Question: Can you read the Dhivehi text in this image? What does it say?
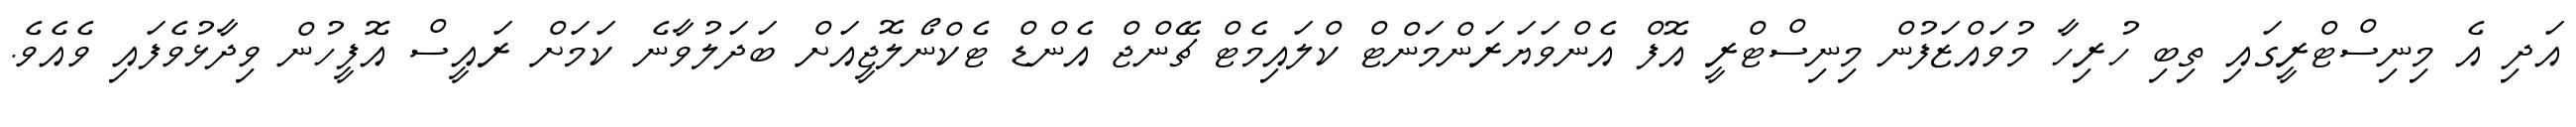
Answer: އަދި އެ މިނިސްޓްރީގައި ތިބި ހުރިހާ މުވައްޒަފުން މިނިސްޓްރީ އޮފް އެންވަޔަރަންމަންޓް ކްލައިމެޓް ޗޭންޖް އެންޑް ޓެކްނޯލޮޖީއަށް ބަދަލުވާނެ ކަމަށް ރައީސް އޮފީހުން ވިދާޅުވެފައި ވެއެވެ.